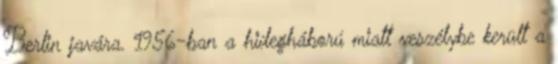
Berlin javára. 1956-ban a hidegháború miatt veszélybe került a